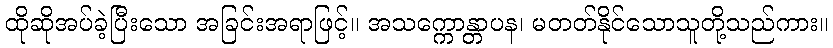
ထိုဆိုအပ်ခဲ့ပြီးသော အခြင်းအရာဖြင့်။ အသက္ကောန္တာပန၊ မတတ်နိုင်သောသူတို့သည်ကား။